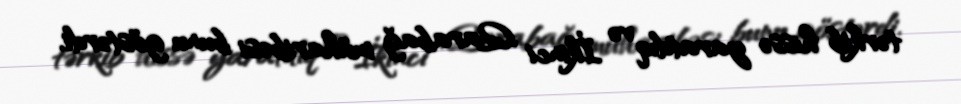
tərkib hissə yaratdıq və İkinci Qarabağ müharibəsi bunu göstərdi.